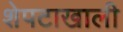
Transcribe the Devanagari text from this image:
शेपटाखाली